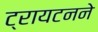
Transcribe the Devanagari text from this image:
ट्रायटनने